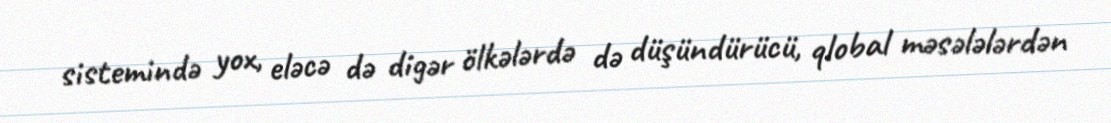
sistemində yox, eləcə də digər ölkələrdə də düşündürücü, qlobal məsələlərdən